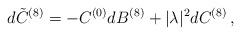
LaTeX: \begin{align*}d{\tilde C}^{(8)}=-C^{(0)}dB^{(8)}+|\lambda|^2dC^{(8)}\, ,\end{align*}